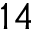
1 4